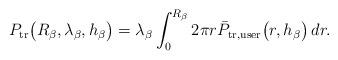
LaTeX: \begin{align*}P_{\rm{tr}}\big(R_{\beta}, \lambda_{\beta}, h_\beta\big) = \lambda_{\beta}\int_0^{R_{\beta}} 2\pi r \bar{P}_{\rm{tr},\rm{user}}\big(r, h_\beta\big) \,dr.\end{align*}